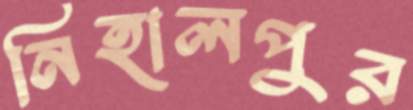
নিহালপুর